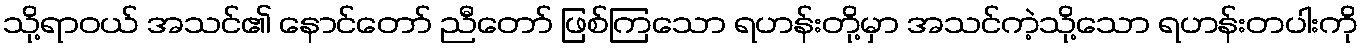
သို့ရာဝယ် အသင်၏ နောင်တော် ညီတော် ဖြစ်ကြသော ရဟန်းတို့မှာ အသင်ကဲ့သို့သော ရဟန်းတပါးကို